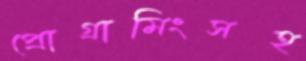
প্রোগ্রামিংসহ